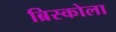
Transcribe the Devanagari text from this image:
ब्रिस्कोला